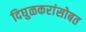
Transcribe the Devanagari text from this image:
दिघुळकरांसोबत